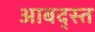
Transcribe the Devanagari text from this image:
आबद्स्त